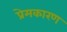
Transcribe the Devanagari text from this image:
प्रेमकारण